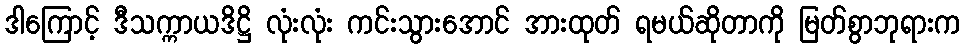
ဒါကြောင့် ဒီသက္ကာယဒိဋ္ဌိ လုံးလုံး ကင်းသွားအောင် အားထုတ် ရမယ်ဆိုတာကို မြတ်စွာဘုရားက